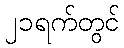
၂၁ရက်တွင်